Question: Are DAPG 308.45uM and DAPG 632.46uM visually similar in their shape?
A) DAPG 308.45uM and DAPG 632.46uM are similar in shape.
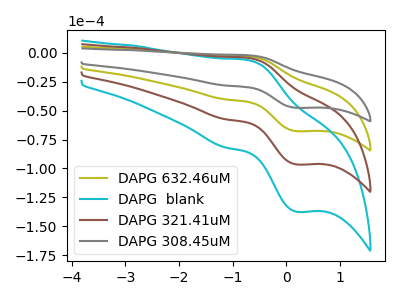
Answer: <think>The olive curve "DAPG 632.46uM" has an anodic peak at (-0.70V, -3.25uA) and a cathodic peak at (0.20V, -67.80uA). The cyan curve "DAPG  blank" has an anodic peak at (-0.70V, -9.70uA) and a cathodic peak at (0.20V, -203.45uA). The brown curve "DAPG 321.41uM" has an anodic peak at (-0.70V, -6.45uA) and a cathodic peak at (0.20V, -135.60uA). The gray curve "DAPG 308.45uM" has an anodic peak at (-0.70V, -2.25uA) and a cathodic peak at (0.20V, -47.65uA).
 All the peaks in "DAPG 308.45uM" have a peak in "DAPG 632.46uM" at the same potential.</think>
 <answer>A) "DAPG 308.45uM" and "DAPG 632.46uM" are similar in shape.</answer>
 <eval>A</eval>